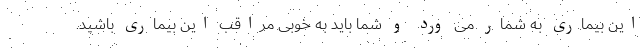
این بیماری به شمار می ورد و شما باید به خوبی مراقب این بیماری باشید.